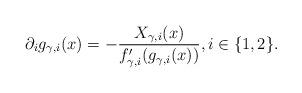
LaTeX: \begin{align*} \partial_i g_{\gamma, i}(x) = - \frac{X_{\gamma, i}(x)}{ f_{\gamma, i}' (g_{\gamma, i} (x) ) }, i \in \{1,2\}. \end{align*}